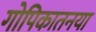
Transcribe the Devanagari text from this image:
गोपिकातनया